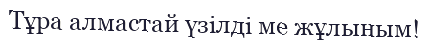
Тұра алмастай үзілді ме жұлыным!